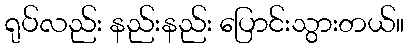
ရုပ်လည်း နည်းနည်း ပြောင်းသွားတယ်။